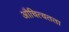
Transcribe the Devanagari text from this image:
औचित्यतता